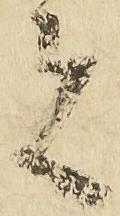
者